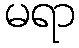
မရာ